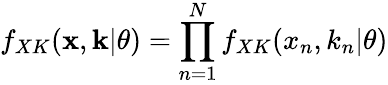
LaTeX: f_{XK}(\mathbf x,\mathbf k|\theta)=\prod_{n=1}^{N}f_{XK}(x_{n},k_{n}|\theta)